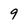
Character: 9